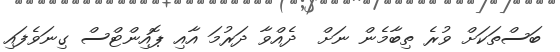
ބަސްތަކަށް ވުރެ ތިބާމެން ނަށް  ދެއްވާ ދަރުމަ އާއި ޕޮއިންޓްސް ގިނަވެފައި